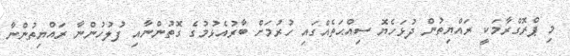
މި ޕްރޮގްރާމަކީ ރައްޔިތުން ދުޅަހެޔޮ ސިއްޙަތެއްގައި ހުރުމަށް ބާރުއެޅުމުގެ ގޮތުންނާއި ފުލުހުންނާ ރައްޔިތުންނާ